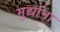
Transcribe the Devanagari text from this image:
मुद्यांना